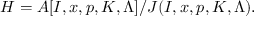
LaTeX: H = A [ I , x , p , K , \Lambda ] / J ( I , x , p , K , \Lambda ) .